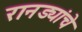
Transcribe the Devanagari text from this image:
रानड्यांचे